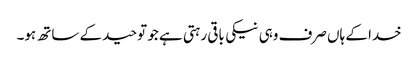
خدا کے ہاں صرف وہی نیکی باقی رہتی ہے جو توحید کے ساتھ ہو۔